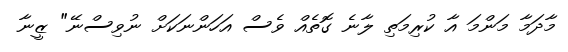
މާދަމާ މަންމަ އާ ކުރިމަތި ލާނެ ގޮތެއް ވެސް އަހަންނަކަށް ނުވިސްނޭ" ޒީނާ